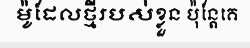
ម៉ូដែលថ្មីរបស់ខ្លួន ប៉ុន្តែគេ